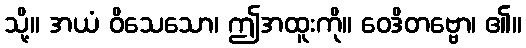
သို့။ အယံ ဝိသေသော၊ ဤအထူးကို။ ဝေဒိတဗ္ဗော၊ ၏။